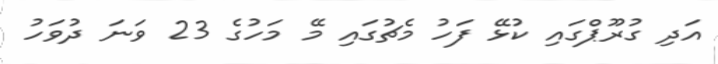
އަދި ގުރޫޕްގައި ކުޅޭ ފަހު މެޗުގައި މޭ މަހުގެ 23 ވަނަ ދުވަހު